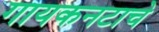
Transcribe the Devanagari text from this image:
गायकनटाचे